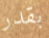
بقدر